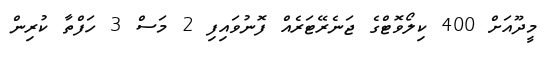
މީދޫއަށް 400 ކިލޯވޮޓްގެ ޖަނެރޭޓަރެއް ފޮނުވައިފި 2 މަސް 3 ހަފްތާ ކުރިން